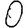
Digit: 0